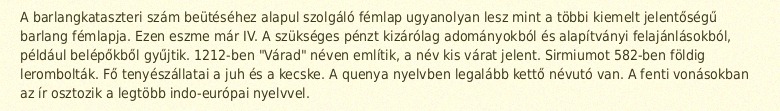
A barlangkataszteri szám beütéséhez alapul szolgáló fémlap ugyanolyan lesz mint a többi kiemelt jelentőségű barlang fémlapja. Ezen eszme már IV. A szükséges pénzt kizárólag adományokból és alapítványi felajánlásokból, például belépőkből gyűjtik. 1212-ben "Várad" néven említik, a név kis várat jelent. Sirmiumot 582-ben földig lerombolták. Fő tenyészállatai a juh és a kecske. A quenya nyelvben legalább kettő névutó van. A fenti vonásokban az ír osztozik a legtöbb indo-európai nyelvvel.